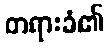
တရားခံ၏